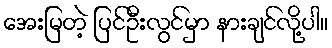
အေးမြတဲ့ ပြင်ဦးလွင်မှာ နားချင်လို့ပါ။